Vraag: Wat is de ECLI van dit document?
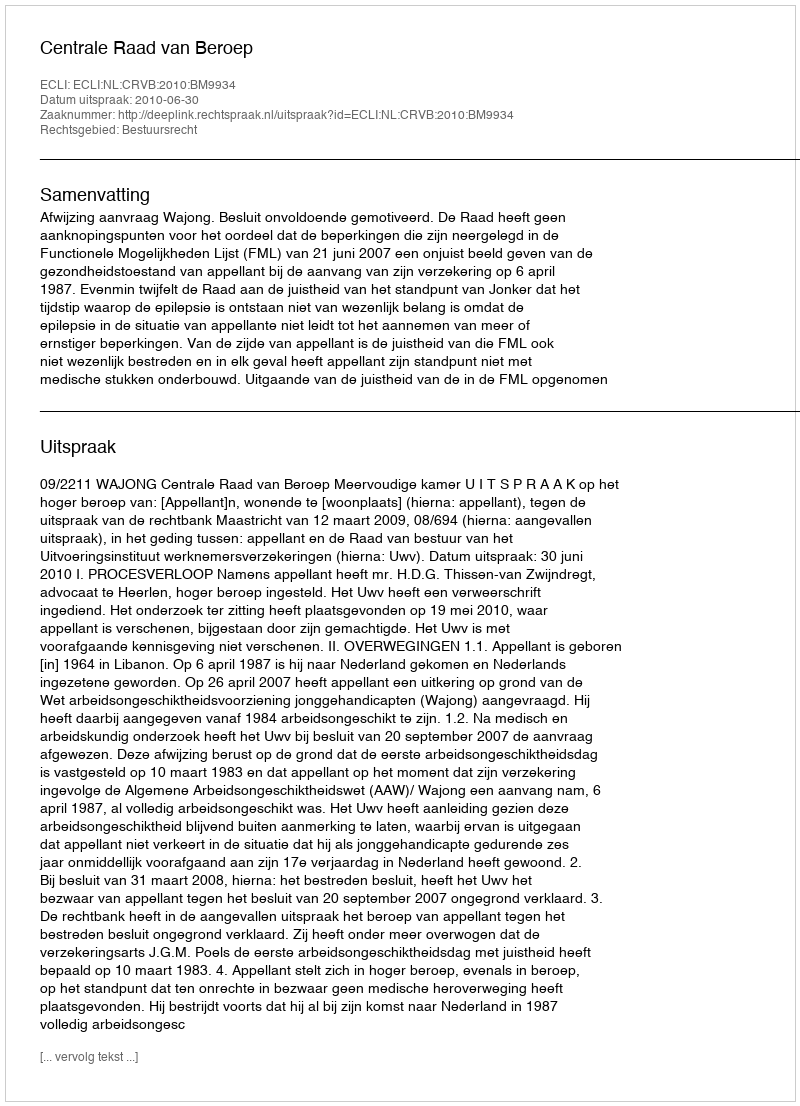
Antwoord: ECLI:NL:CRVB:2010:BM9934